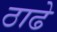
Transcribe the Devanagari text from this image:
ठाढे